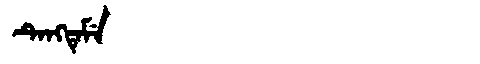
Manchu: ᡨᡝᠩᡨᡝᠮᡝ
Romanization: TENGTEME